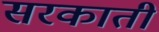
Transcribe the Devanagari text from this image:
सरकाती